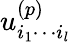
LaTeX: u_{i_{1}\cdots i_{l}}^{(p)}